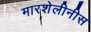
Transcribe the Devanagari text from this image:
मारशेलीनीस